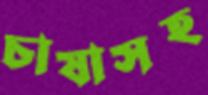
চাষাসহ